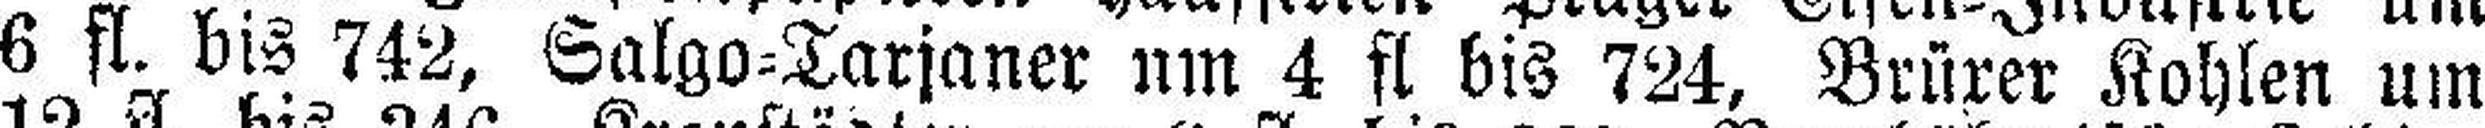
6 fl. bis 742, Salgo=Tarjaner um 4 fl bis 724, Brürer Kohlen um